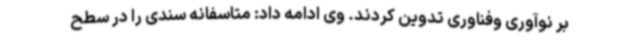
بر نوآوری وفناوری تدوین کردند. وی ادامه داد: متاسفانه سندی را در سطح